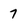
Character: 7